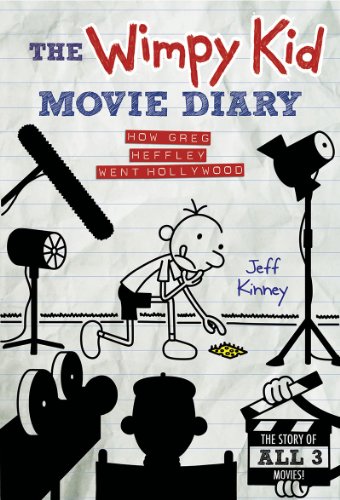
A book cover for The Wimpy Kid Movie Diary: How Greg Heffley Went Hollywood, Revised and Expanded Edition (Diary of a Wimpy Kid); Jeff Kinney; Children's Books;